画像に写った文字を読んでください
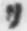
「リ」と書いてあります